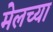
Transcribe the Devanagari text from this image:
मेलच्या